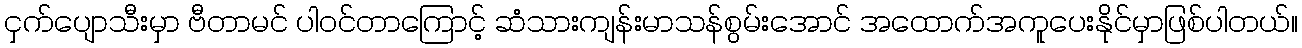
ငှက်ပျောသီးမှာ ဗီတာမင် ပါဝင်တာကြောင့် ဆံသားကျန်းမာသန်စွမ်းအောင် အထောက်အကူပေးနိုင်မှာဖြစ်ပါတယ်။